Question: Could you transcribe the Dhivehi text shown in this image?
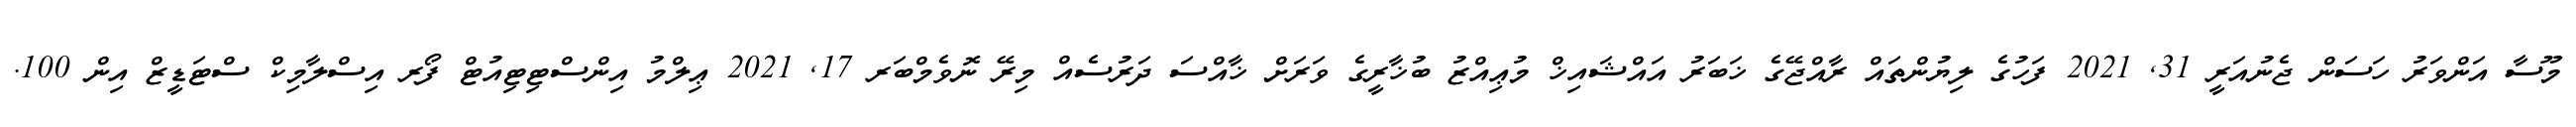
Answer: މޫސާ އަންވަރު ހަސަން ޖެނުއަރީ 31, 2021 ފަހުގެ ލިޔުންތައް ރާއްޖޭގެ ޚަބަރު އައްޝައިޚް މުޢިއްޒު ބުޚާރީގެ ވަރަށް ޚާއްސަ ދަރުސެއް މިރޭ ނޮވެމްބަރ 17, 2021 ޢިލްމު އިންސްޓިޓިއުޓް ފޯރ އިސްލާމިކް ސްޓަޑީޒް އިން 100.